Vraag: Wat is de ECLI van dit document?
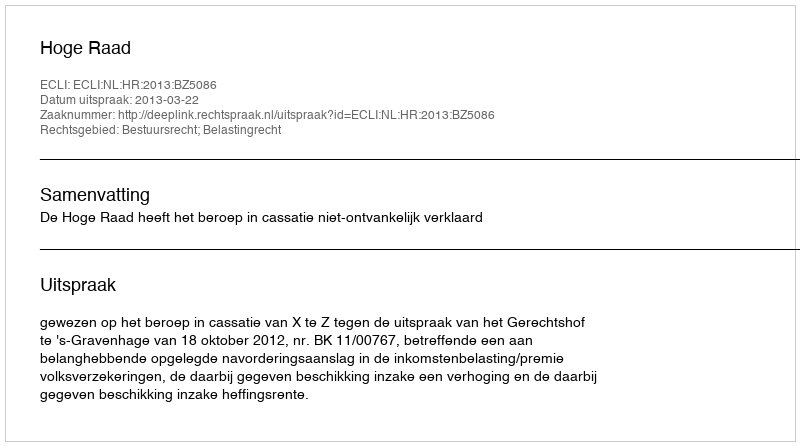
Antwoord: ECLI:NL:HR:2013:BZ5086